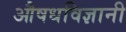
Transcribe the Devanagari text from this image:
औषधविज्ञानी